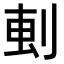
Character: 𫦂